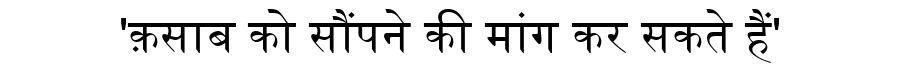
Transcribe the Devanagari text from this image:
'क़साब को सौंपने की मांग कर सकते हैं'